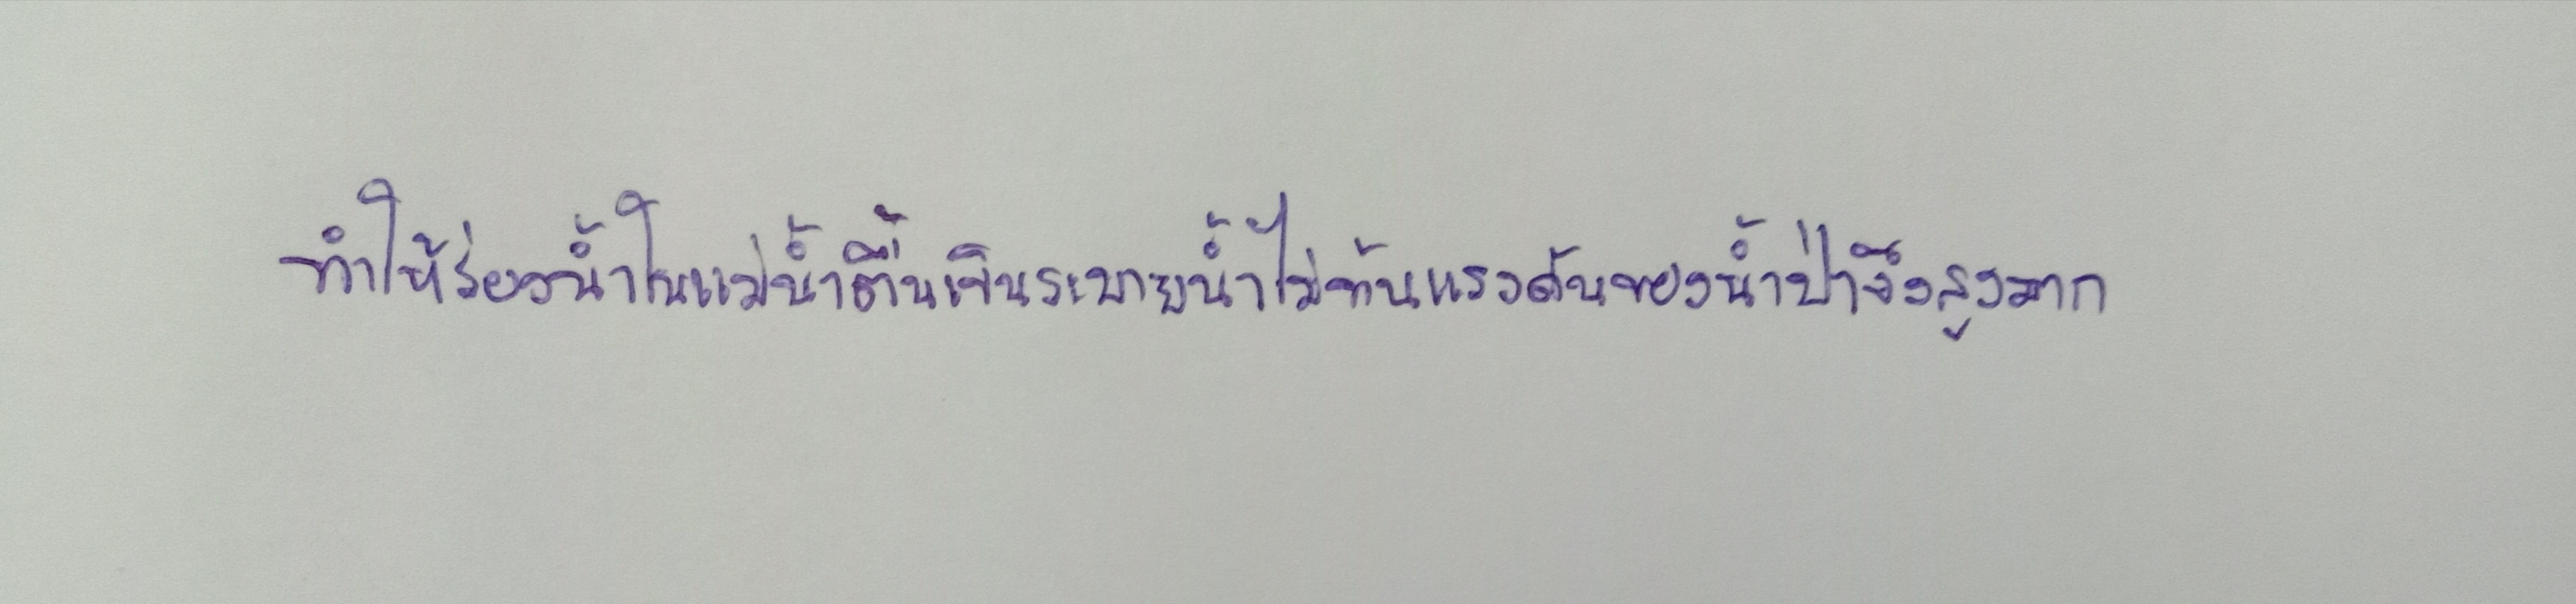
ทำให้ร่องน้ำในแม่น้ำตื้นเขินระบายน้ำไม่ทันแรงดันของน้ำป่าจึงสูงมาก